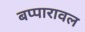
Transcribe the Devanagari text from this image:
बप्पारावल